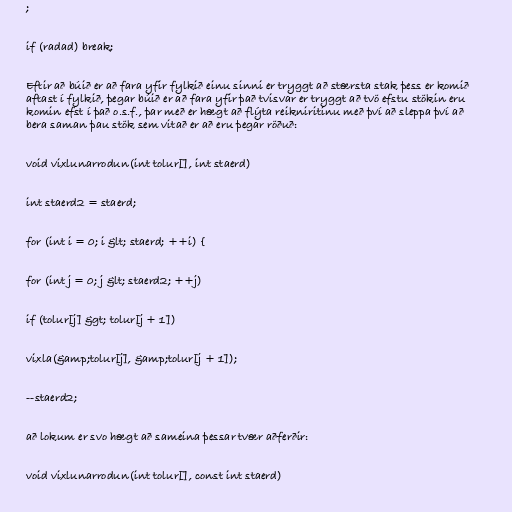
;

if (radad) break;

Eftir að búið er að fara yfir fylkið einu sinni er tryggt að stærsta stak þess er komið
aftast í fylkið, þegar búið er að fara yfir það tvisvar er tryggt að tvö efstu stökin eru
komin efst í það o.s.f., þar með er hægt að flýta reikniritinu með því að sleppa því að
bera saman þau stök sem vitað er að eru þegar röðuð:

void vixlunarrodun(int tolur[], int staerd)

int staerd2 = staerd;

for (int i = 0; i &lt; staerd; ++i) {

for (int j = 0; j &lt; staerd2; ++j)

if (tolur[j] &gt; tolur[j + 1])

vixla(&amp;tolur[j], &amp;tolur[j + 1]);

--staerd2;

að lokum er svo hægt að sameina þessar tvær aðferðir:

void vixlunarrodun(int tolur[], const int staerd)